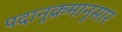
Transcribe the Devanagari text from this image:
पदानुक्रमानुसार